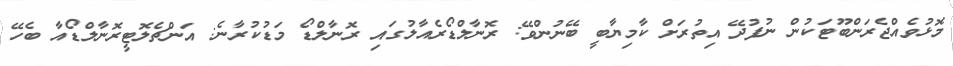
މޮޅުވެއްޖެރަންބޫޓަކުން ނުފުދޭ އިތުރަށް ކާމިޔާބީ ބޭނުންވޭ: ރޮނާލްޑޯރެއާލުގައި ރޮނާލްޑޯ މަޑުކުރާނެ: އަންޗެލޮޓީރޮނާލްޑޯއާ ބެހޭ